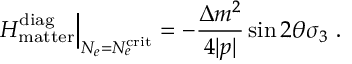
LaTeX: \left. H _ { \mathrm { m a t t e r } } ^ { \mathrm { d i a g } } \right| _ { N _ { e } = N _ { e } ^ { \mathrm { c r i t } } } = - \frac { \Delta m ^ { 2 } } { 4 | p | } \sin 2 \theta \sigma _ { 3 } ~ .